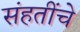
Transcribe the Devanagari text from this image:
संहतींचे